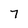
Character: 7